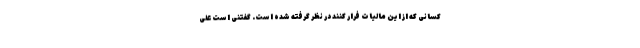
کسانی که از این مالیات فرار کنند در نظر گرفته شده است. گفتنی است علی